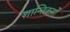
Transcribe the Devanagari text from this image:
शान्तिकर्मों